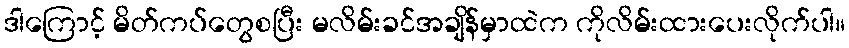
ဒါကြောင့် မိတ်ကပ်တွေစပြီး မလိမ်းခင်အချိန်မှာထဲက ကိုလိမ်းထားပေးလိုက်ပါ။